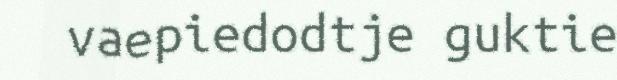
vaepiedodtje guktie